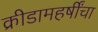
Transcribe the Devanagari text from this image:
क्रीडामहर्षींचा